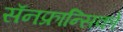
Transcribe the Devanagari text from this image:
सॅनफ्रान्सिको